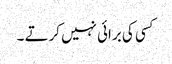
کسی کی برائی نہیں کرتے ۔